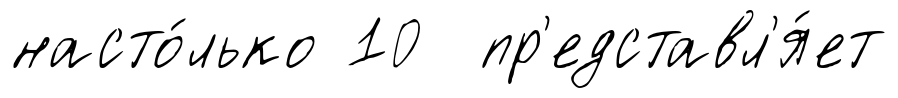
насто́лько 10 пр'едставл'я́ет